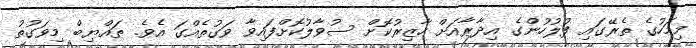
މިމަހުގެ ތެރޭގައި ފުލުހުންގެ އިދާރާއަށް ހާޒިރުކޮށް ސުވާލުކޮށްފައިވާ ވަގުތެއްގަ އެވެ. ޠައްޔިބް މިވަގުތު